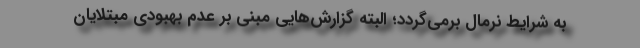
به شرایط نرمال برمی‌گردد؛ البته گزارش‌هایی مبنی بر عدم بهبودی مبتلایان